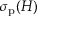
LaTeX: \sigma _ { \mathrm { p } } ( H )